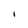
Character: I